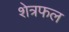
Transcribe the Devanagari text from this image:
शेत्रफल